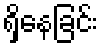
ရှိနေခြင်း